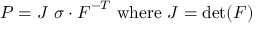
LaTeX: { \boldsymbol { P } } = J ~ { \boldsymbol { \sigma } } \cdot { \boldsymbol { F } } ^ { - T } ~ { \mathrm { w h e r e } } ~ J = \operatorname* { d e t } ( { \boldsymbol { F } } )